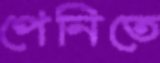
পেনিতে